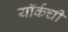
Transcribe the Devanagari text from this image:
यॉर्कची